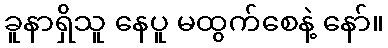
ခူနာရှိသူ နေပူ မထွက်စေနဲ့ နော်။